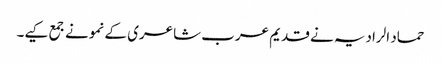
حماد الرادیہ نے قدیم عرب شاعری کے نمونے جمع کیے۔